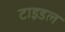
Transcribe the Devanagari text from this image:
टाइडल